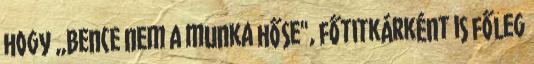
hogy „Bence nem a munka hőse", főtitkárként is főleg